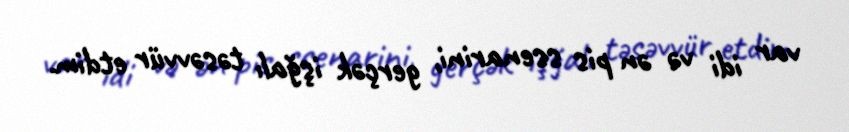
var idi və ən pis ssenarini, gerçək işğalı təsəvvür etdim.